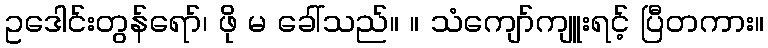
ဥဒေါင်းတွန်ရော်၊ ဖို မ ခေါ်သည်။ ။ သံကျော်ကျူးရင့် ပြီတကား။